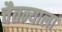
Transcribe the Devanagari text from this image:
चैतन्याला